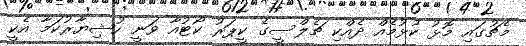
މެޗުގައި މޮޅު ކުޅުމެއް ދެއްކި ޗެލްސީގެ ކީޕަރު ކޯޓުއާ ވަނީ ހުޝިޔާރުކަމާ އެކީ